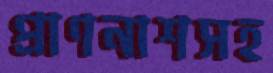
প্রাণনাশসহ